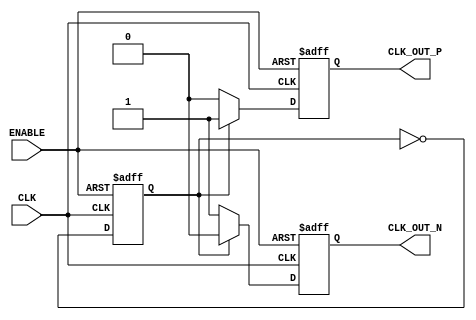
module differential_clock_buffer (
    input wire CLK,           // Single-ended clock input
    input wire ENABLE,        // Enable signal for the buffer
    output reg CLK_OUT_P,     // Differential clock output positive
    output reg CLK_OUT_N      // Differential clock output negative
);

    // Parameters for clock generation
    parameter CLOCK_PERIOD = 10; // Clock period in time units (adjust as necessary)
    parameter DUTY_CYCLE = 50;    // Duty cycle in percentage (50% for a square wave)

    // Internal signal for clock toggling
    reg clk_div;
    
    // Clock divider process to generate differential outputs
    always @(posedge CLK or negedge ENABLE) begin
        if (!ENABLE) begin
            // When disabled, set outputs to low
            CLK_OUT_P <= 1'b0;
            CLK_OUT_N <= 1'b0;
            clk_div <= 1'b0;
        end else begin
            // Generate a divided clock signal for differential outputs
            clk_div <= ~clk_div; // Toggle clk_div on each positive edge of CLK

            // Generate differential outputs based on clk_div
            if (clk_div) begin
                CLK_OUT_P <= 1'b1; // Set positive output high
                CLK_OUT_N <= 1'b0;  // Set negative output low
            end else begin
                CLK_OUT_P <= 1'b0; // Set positive output low
                CLK_OUT_N <= 1'b1;  // Set negative output high
            end
        end
    end

    // Optional: Power management and temperature compensation can be added here

endmodule